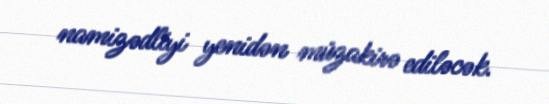
namizədliyi yenidən müzakirə ediləcək.